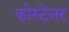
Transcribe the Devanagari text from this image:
कोस्टेनर